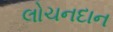
લોચનદાન